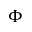
\Phi